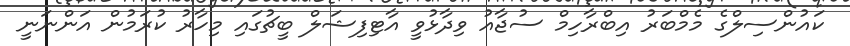
ކައުންސިލްގެ މެމްބަރު އިބްރާހިމް ސުޖާއު ވިދާޅުވީ އާޓިފިޝަލް ބީޗުގައި މިހާރު ކުރަމުން އަންނަނީ